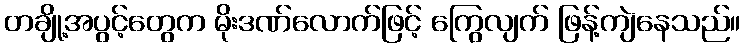
တချို့အပွင့်တွေက မိုးဒဏ်လောက်ဖြင့် ကြွေလျက် ဖြန့်ကျဲနေသည်။